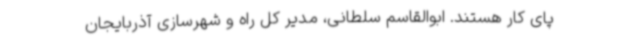
پای کار هستند. ابوالقاسم سلطانی، مدیر کل راه و شهرسازی آذربایجان‌